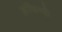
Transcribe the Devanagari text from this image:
आंदिपट्टी